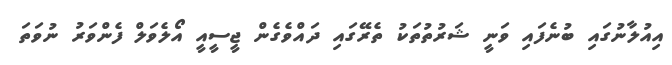
އިއުލާނުގައި ބުނެފައި ވަނީ ޝަރުތުތަކު ތެރޭގައި ދައްވެގެން ޖީސީއީ އޯލެވަލް ފެންވަރު ނުވަތަ